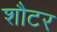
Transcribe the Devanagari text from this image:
शौटर